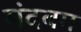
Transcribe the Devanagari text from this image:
मंदबम